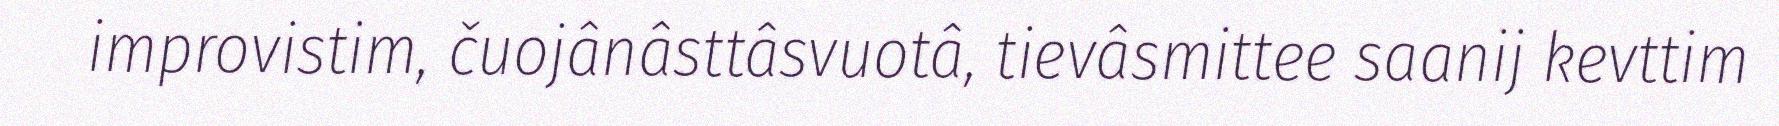
improvistim, čuojânâsttâsvuotâ, tievâsmittee saanij kevttim